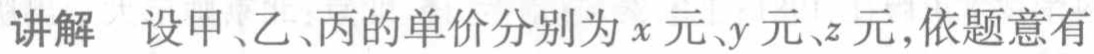
讲解 设甲、乙、丙的单价分别为\(x\)元、\(y\)元、\(z\)元，依题意有